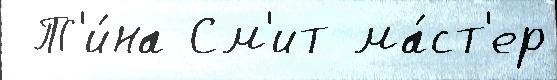
 Т'и́на См'ит ма́ст'ер